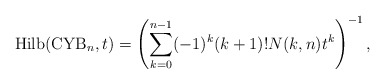
\begin{gather*} {\rm Hilb}({\rm CYB}_n,t)=\left(\sum_{k=0}^{n-1}(-1)^k (k+1)! N(k,n) t^k \right)^{-1},\end{gather*}